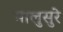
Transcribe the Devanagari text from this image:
मालुसुरे